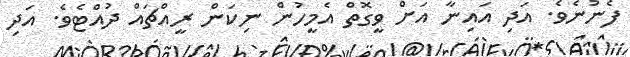
ފެނުނެވެ. އަދި އައިނާ އަށް ވީގޮތް އެމީހުން ނިކަން ރީއްޗައް ދުއްޓެވެ. އަދި